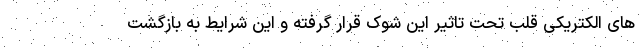
های الکتریکی قلب تحت تاثیر این شوک قرار گرفته و این شرایط به بازگشت